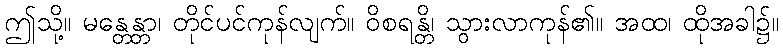
ဤသို့။ မန္တေန္တာ၊ တိုင်ပင်ကုန်လျက်။ ဝိစရန္တိ၊ သွားလာကုန်၏။ အထ၊ ထိုအခါ၌။